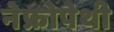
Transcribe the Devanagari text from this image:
नेफ्रोपेथी